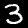
Digit: 3